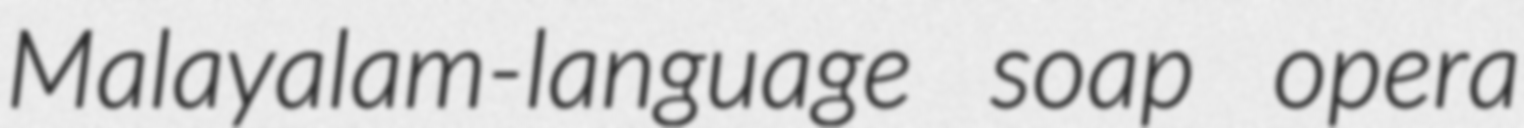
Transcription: Malayalam-language soap opera